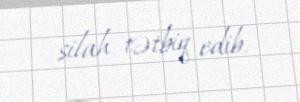
silah tətbiq edib.